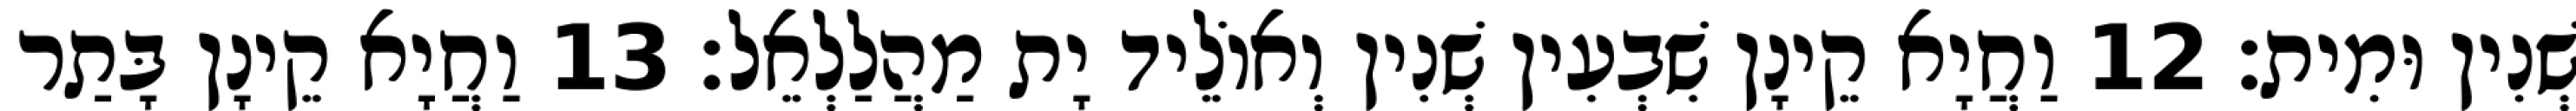
שְׁנִין וּמִית׃ 12 וַחֲיָא קֵינָן שִׁבְעִין שְׁנִין וְאוֹלֵיד יָת מַהֲלַלְאֵל׃ 13 וַחֲיָא קֵינָן בָּתַר